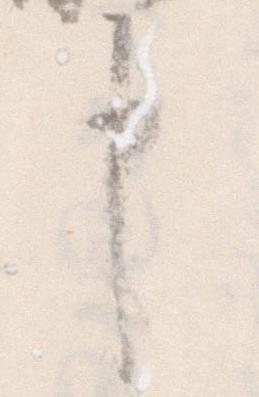
申